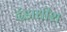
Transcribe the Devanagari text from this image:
दंडाधीश